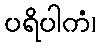
ပရိပါကံ၊